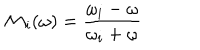
LaTeX: { \cal M } _ { i } ( \omega ) = { \frac { \omega _ { i } - \omega } { \omega _ { i } + \omega } }